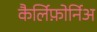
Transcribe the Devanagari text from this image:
कैर्लिफ़ोर्निअ